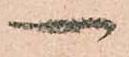
一